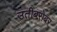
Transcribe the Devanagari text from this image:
उतीबरोबर